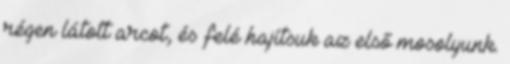
régen látott arcot, és felé hajítsuk az első mosolyunk.